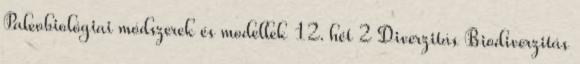
Paleobiológiai módszerek és modellek 12. hét 2 Diverzitás Biodiverzitás